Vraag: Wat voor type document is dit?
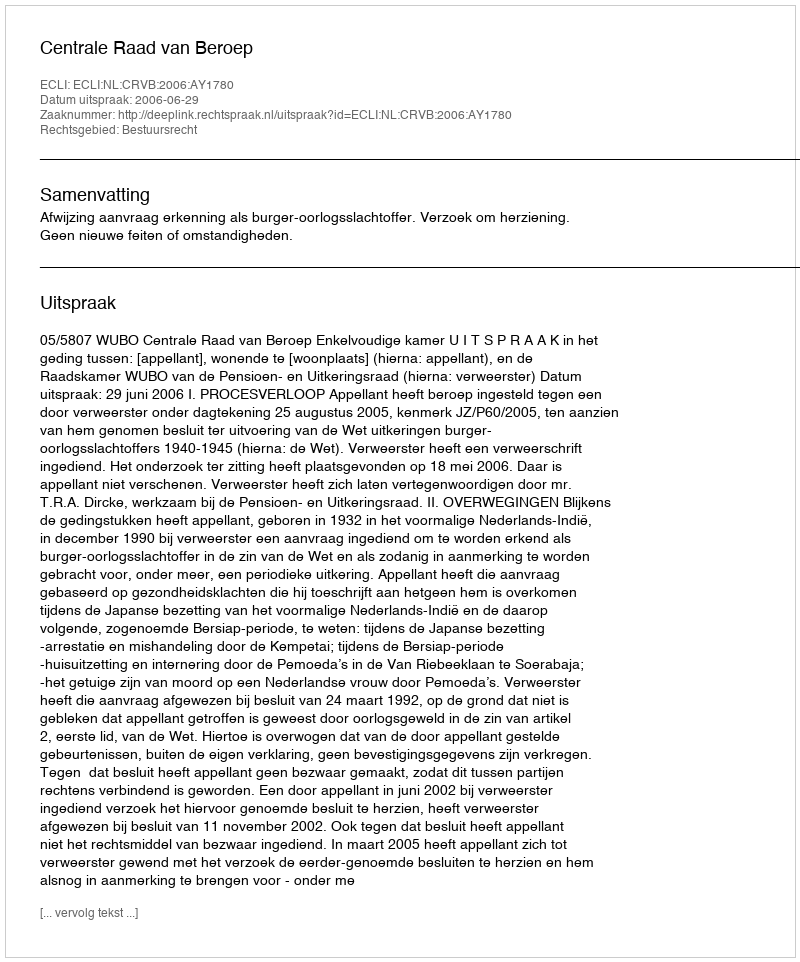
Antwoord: Uitspraak